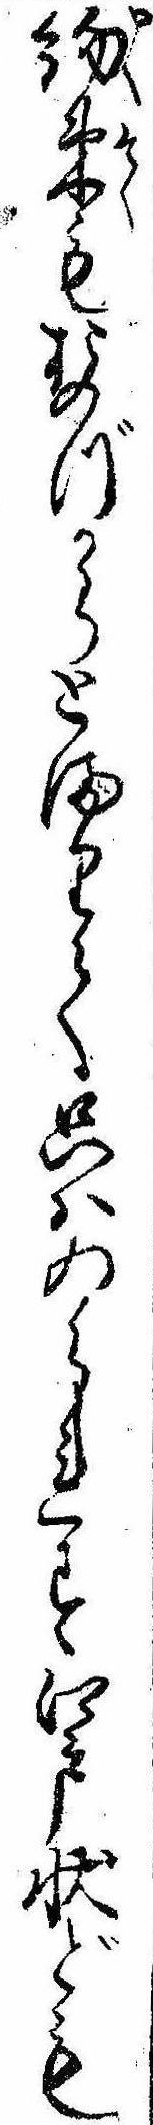
約束もおのづからとまりて只はゐられす江戸状ども